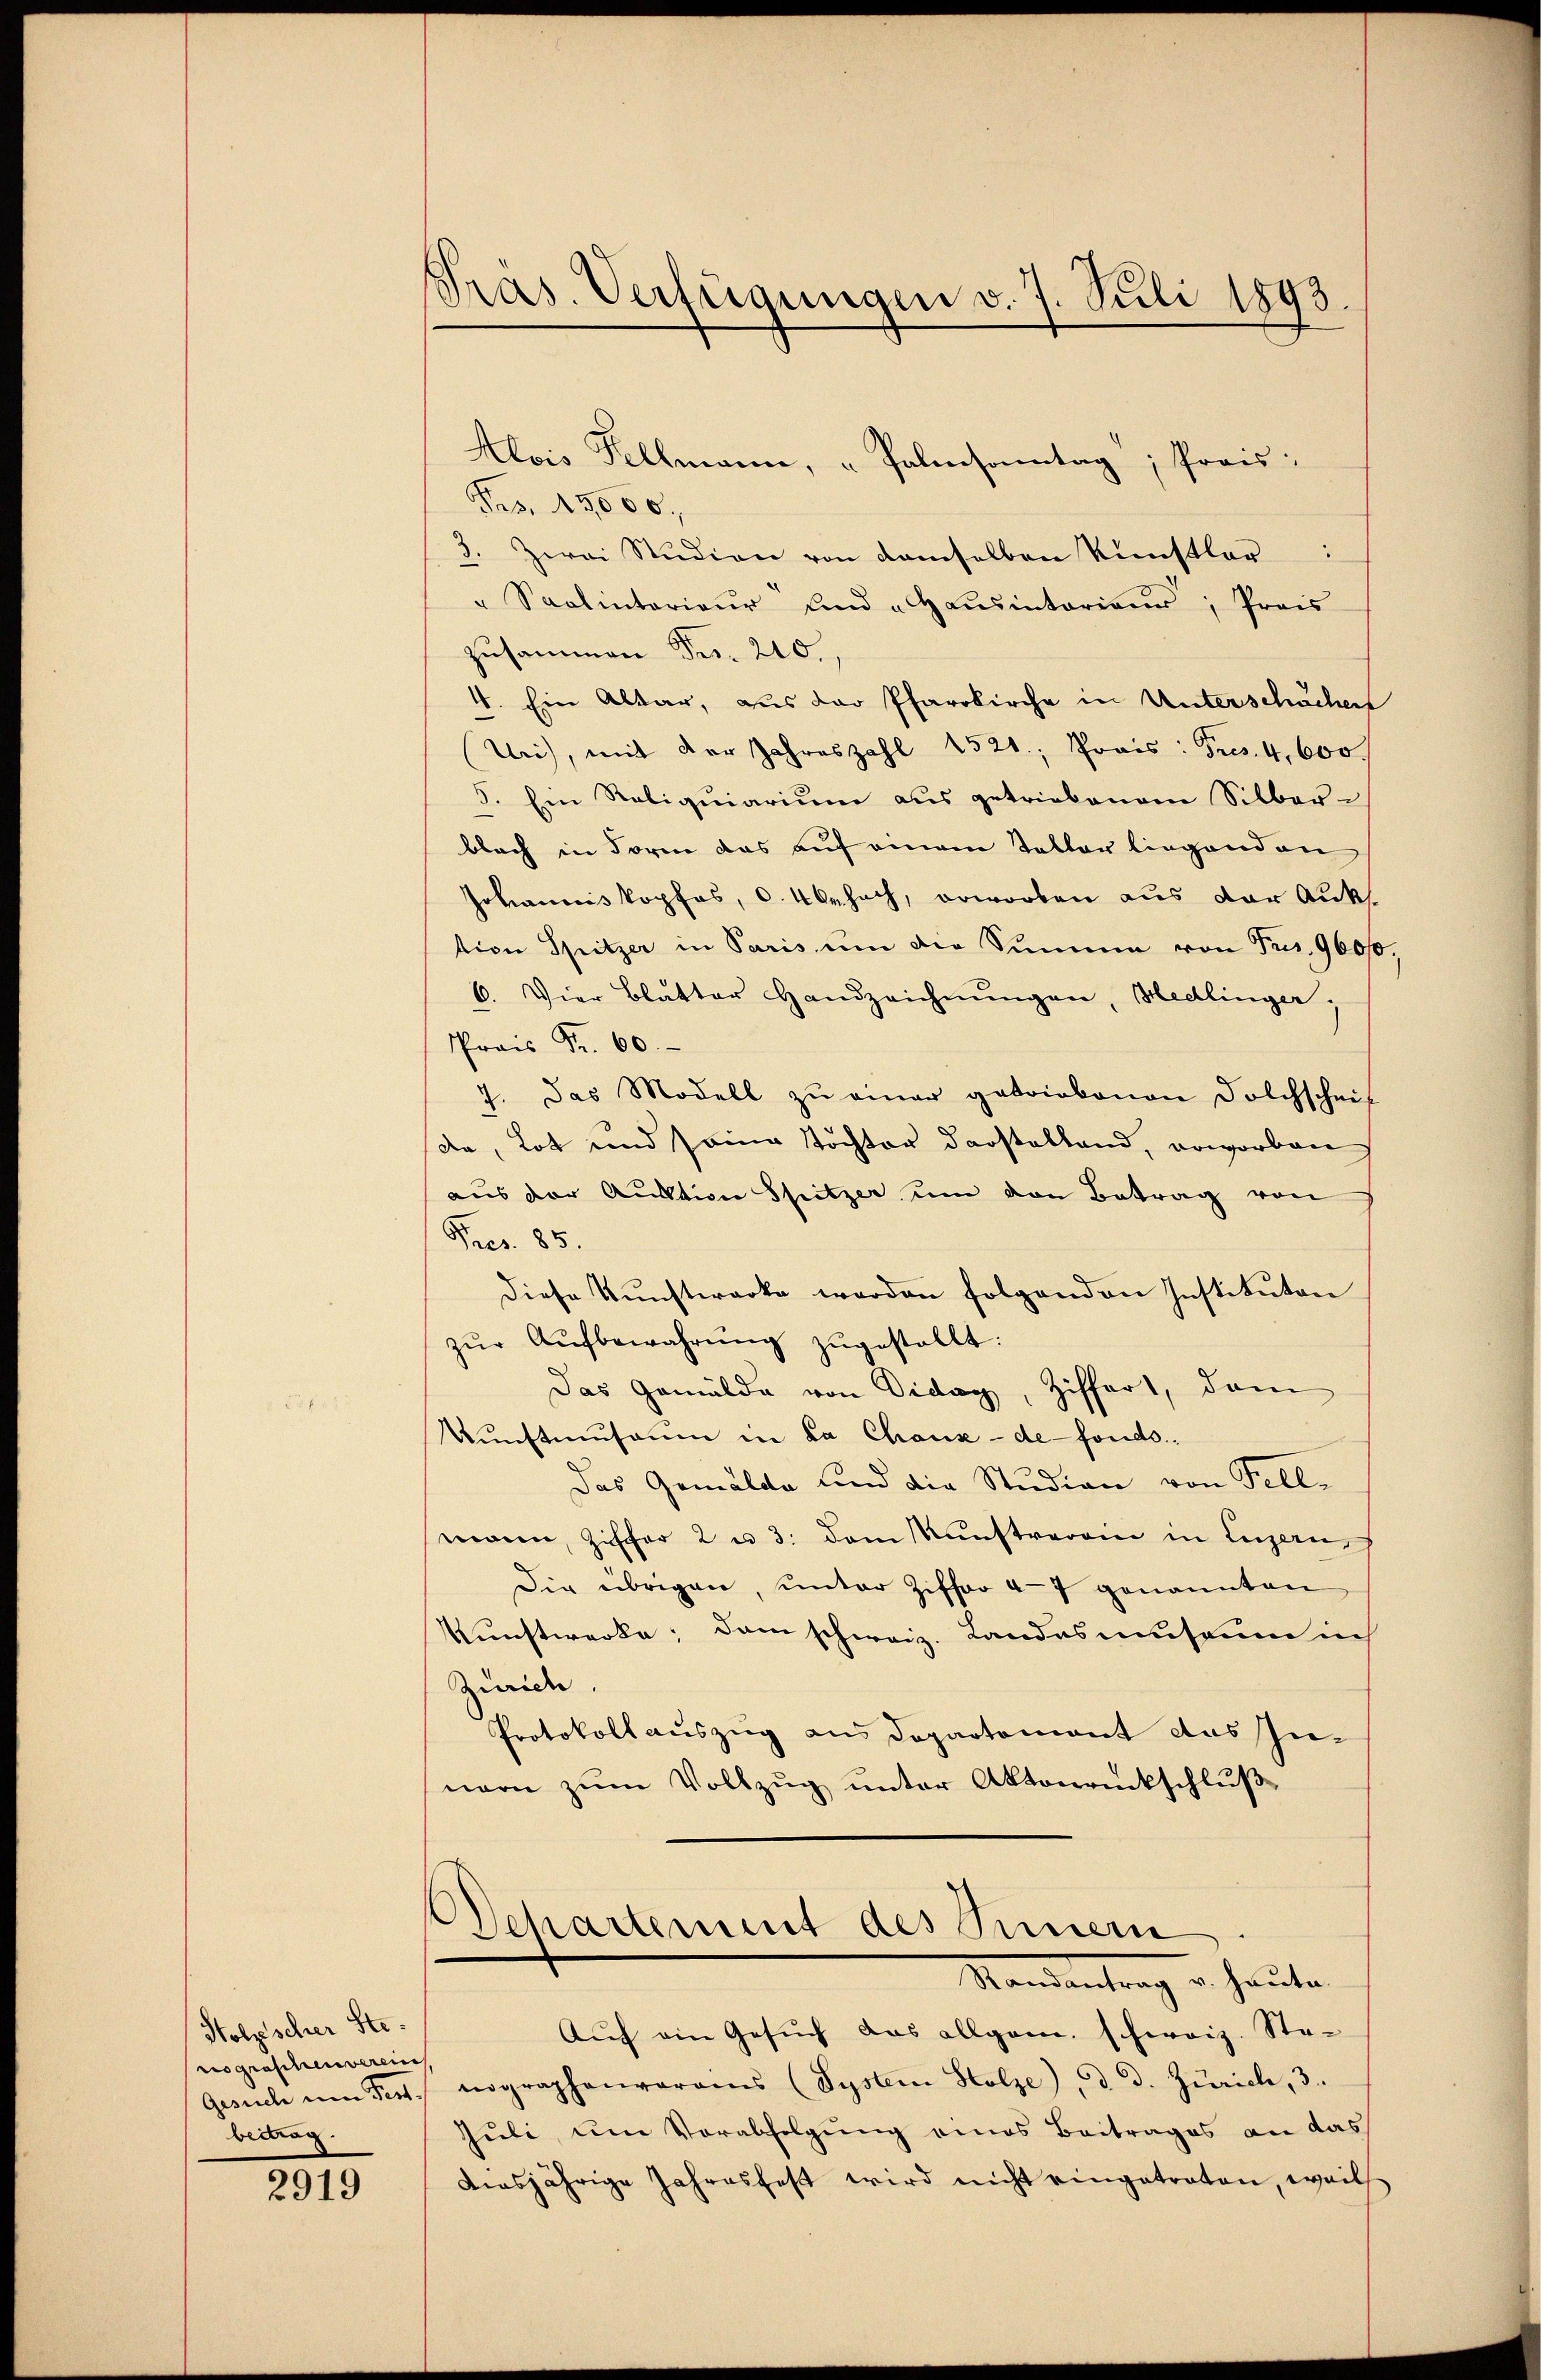
Stolzscher Stenographenverein
beitrag

2919

Pras. Verfügungen v. 7. Juli 1893.

Alois Fellmann, " Palmsonntag; Preis:
Frs. 15000.
3. Zwei Studien von demselben Künstler
" Saalintariaŭr ŭnd "Haŭsentaria, Preis
zusammen Fr. 210.
4. Ein Altar, aus der Pfarrkirche in Unterschächer
Uri), mit der Jahreszahl 1521; Preis: Fres. 4,600 f
5. Ein Reliquiarium aus getriebenem Silber-
blach in Form das auf einem Taller liegenden
Johanniskopfes, c. 4 behach, erworben aus der Aukstion Spitzer in Paris ŭm die Summe von Pres, 9600.
6. Vier Blatter Handzeichnŭngen, Hedlinger;
Prois Fr. 60.
7. Das Modell zu einer getriebenen Solchscheif
de, Lot und seine Tochter darstelland, erworben
aus der Ausstion Spitzer um den Betrag von
Pres. 85.
diese Kŭnstwerke werden folgenden Instituten
zŭr Aŭfbewahrŭng zugestellt:
Das Gemälde von Diday, Ziffert, dam
Kunstmuseum in La Chaux-de-Fonds.
Das Gemalda und die Studien von Fellmanen, Ziffer 2 u 3. dem Kunstverein in Luzern,
Die übrigen, unter Ziffer 47 genannten
Kunstwerke; dem schweiz. Landasmuseum in
Zürich
Protokollauszug aus Departement das Innern zum Vollzug unter Aktonrückschluße
Departement des Sinnern
Standentrag u. heute
Auf ein Gesŭch das allgem. schweiz. Ste¬
Gesuch um Pers. nographenvorams (System Stolze) d. d. Zürich, 3.
Juli, um Verabfolgung eines Beitrages an das
diesjährige Jahresfest wird nicht eingetreten, weils